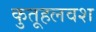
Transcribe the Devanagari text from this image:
कुतूहलवश